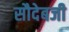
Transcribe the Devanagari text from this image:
सौदेबजी